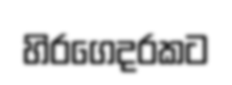
හිරගෙදරකට